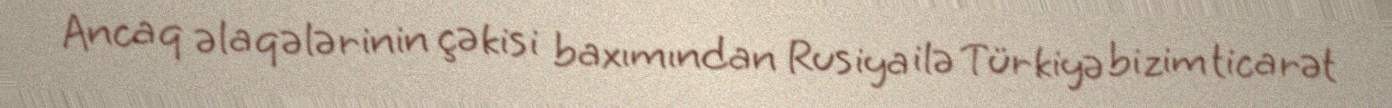
Ancaq əlaqələrinin çəkisi baxımından Rusiya ilə Türkiyə bizim ticarət